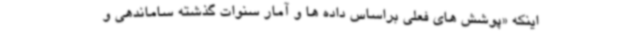
اینکه «پوشش های فعلی براساس داده ها و آمار سنوات گذشته ساماندهی و